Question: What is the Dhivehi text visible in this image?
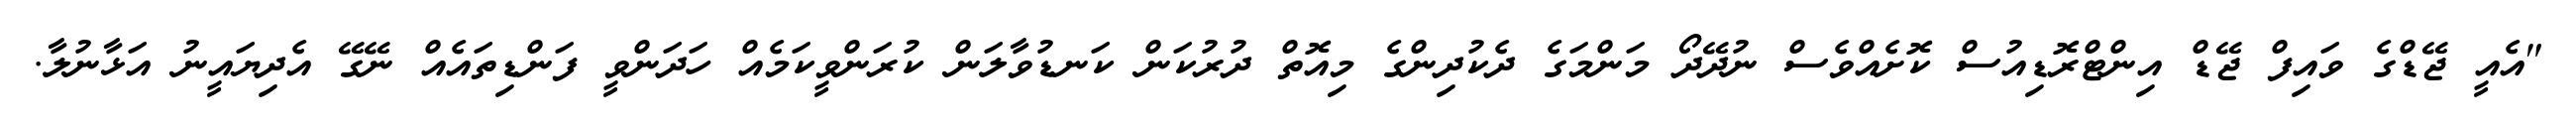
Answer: "އެއީ ޖޭޑްގެ ވައިފް ޖޭޑް އިންޓްރޮޑިއުސް ކޮށެއްވެސް ނުދޭދޯ މަންމަގެ ދެކުދިންގެ މިއޮތް ދުރުކަން ކަނޑުވާލަން ކުރަންވީކަމެއް ހަދަންވީ ފަންޑިތައެއް ނޭގޭ އެދިޔައީނު އަޅާނުލާ.